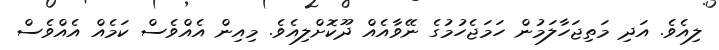
ލިއެވެ. އަދި މަތިޖަހާލަމުން ހަމަޖެހުމުގެ ނޭވާއެއް ދޫކޮށްލިއެވެ. މިއިން އެއްވެސް ކަމެއް އެއްވެސް